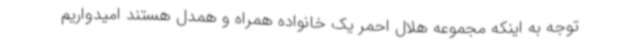
توجه به اینکه مجموعه هلال احمر یک خانواده همراه و همدل هستند امیدواریم